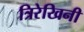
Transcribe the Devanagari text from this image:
त्रिरेखिनी